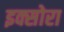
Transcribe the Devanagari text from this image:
इक्सोरा